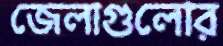
জেলাগুলোর